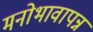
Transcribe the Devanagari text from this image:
मनोभावापन्न